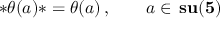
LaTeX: * \theta ( a ) * = \theta ( a ) \, , \qquad a \in \, { \bf s u ( 5 ) }